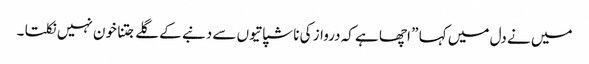
میں نے دل میں کہا ” اچھا ہے کہ درواز کی ناشپاتیوں سے دنبے کے گلے جتنا خون نہیں نکلتا ۔